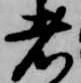
者